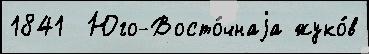
1841  Юго-Восто́чнаjа жуко́в